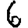
Digit: 6